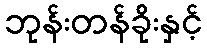
ဘုန်းတန်ခိုးနှင့်